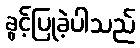
ခွင့်ပြုခဲ့ပါသည်